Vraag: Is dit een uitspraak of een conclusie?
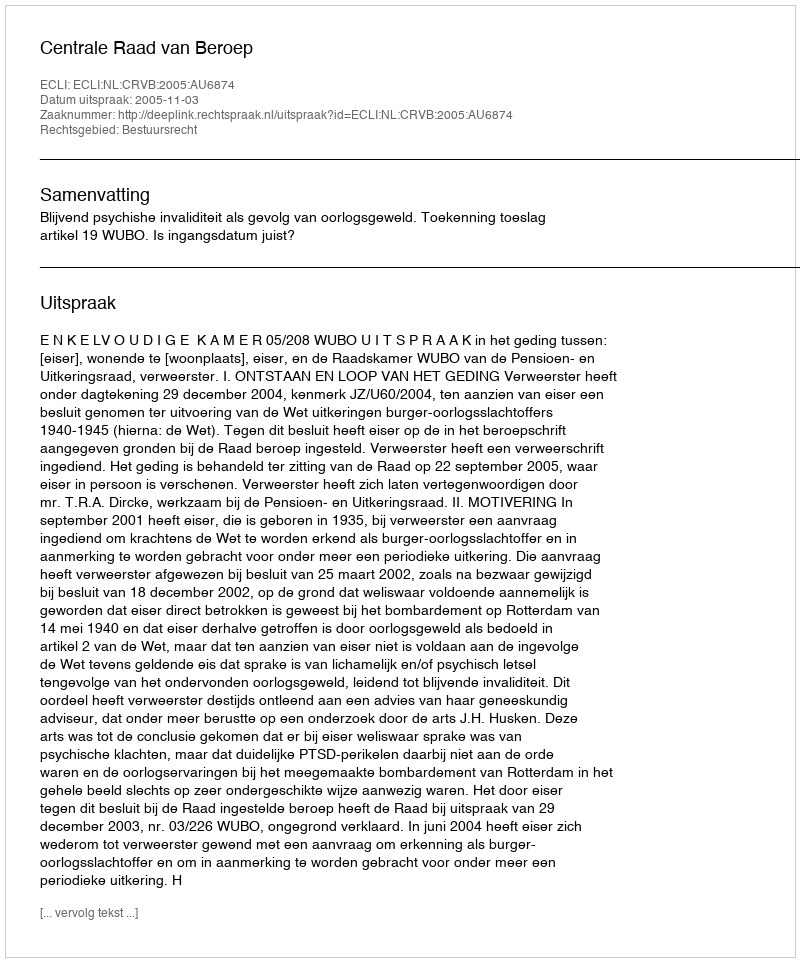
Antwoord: Uitspraak